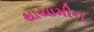
થાયામીન